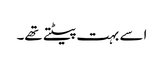
اسے بہت پیٹتے تھے۔